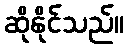
ဆိုနိုင်သည်။